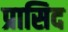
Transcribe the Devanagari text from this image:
प्रासिद